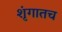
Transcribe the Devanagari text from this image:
शृंगातच